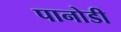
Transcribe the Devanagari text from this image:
पानोडी